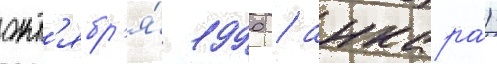
окт'ябр'я́ 1990 / анкара́)